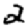
Digit: 2